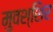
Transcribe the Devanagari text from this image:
मुवश्शिर